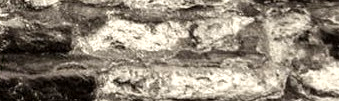
خاص بالطلاب